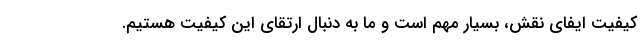
کیفیت ایفای نقش، بسیار مهم است و ما به دنبال ارتقای این کیفیت هستیم.